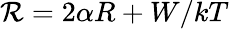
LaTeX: \textstyle{\mathcal{R}}=2\alpha R+W/kT